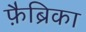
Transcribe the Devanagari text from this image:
फ़ैब्रिका